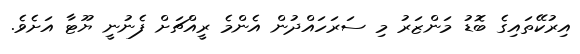
އިރުކޭތައިގެ ބޮޑު މަންޒަރު މި ސަރަހައްދުން އެންމެ ރީއްޗަށް ފެނުނީ ޔޫޓާ އަށެވެ.